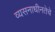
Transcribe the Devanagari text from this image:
व्यसनाधीनतेचे